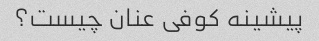
پیشینه کوفی عنان چیست؟